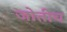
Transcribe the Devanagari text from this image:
जोतीच